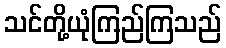
သင်တို့ယုံကြည်ကြသည်